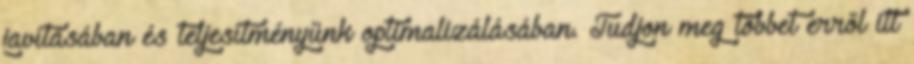
javításában és teljesítményünk optimalizálásában. Tudjon meg többet erről itt